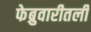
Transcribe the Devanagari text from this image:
फेब्रुवारीतली